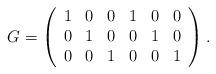
LaTeX: \begin{align*} G= \left( \begin{array}{cccccc} 1 & 0 & 0 & 1 & 0 & 0\\ 0 & 1 & 0 & 0 & 1 & 0 \\ 0 & 0 & 1 & 0 & 0 & 1 \\ \end{array} \right). \end{align*}